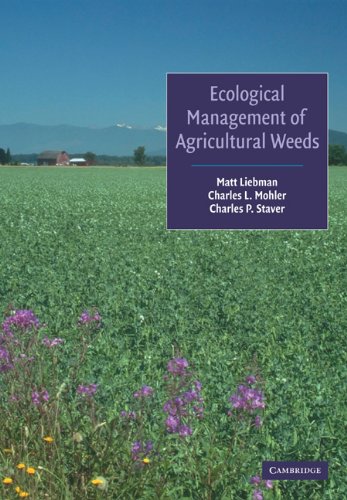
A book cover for Ecological Management of Agricultural Weeds; Matt Liebman; Crafts, Hobbies & Home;